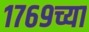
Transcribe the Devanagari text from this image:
१७६९च्या